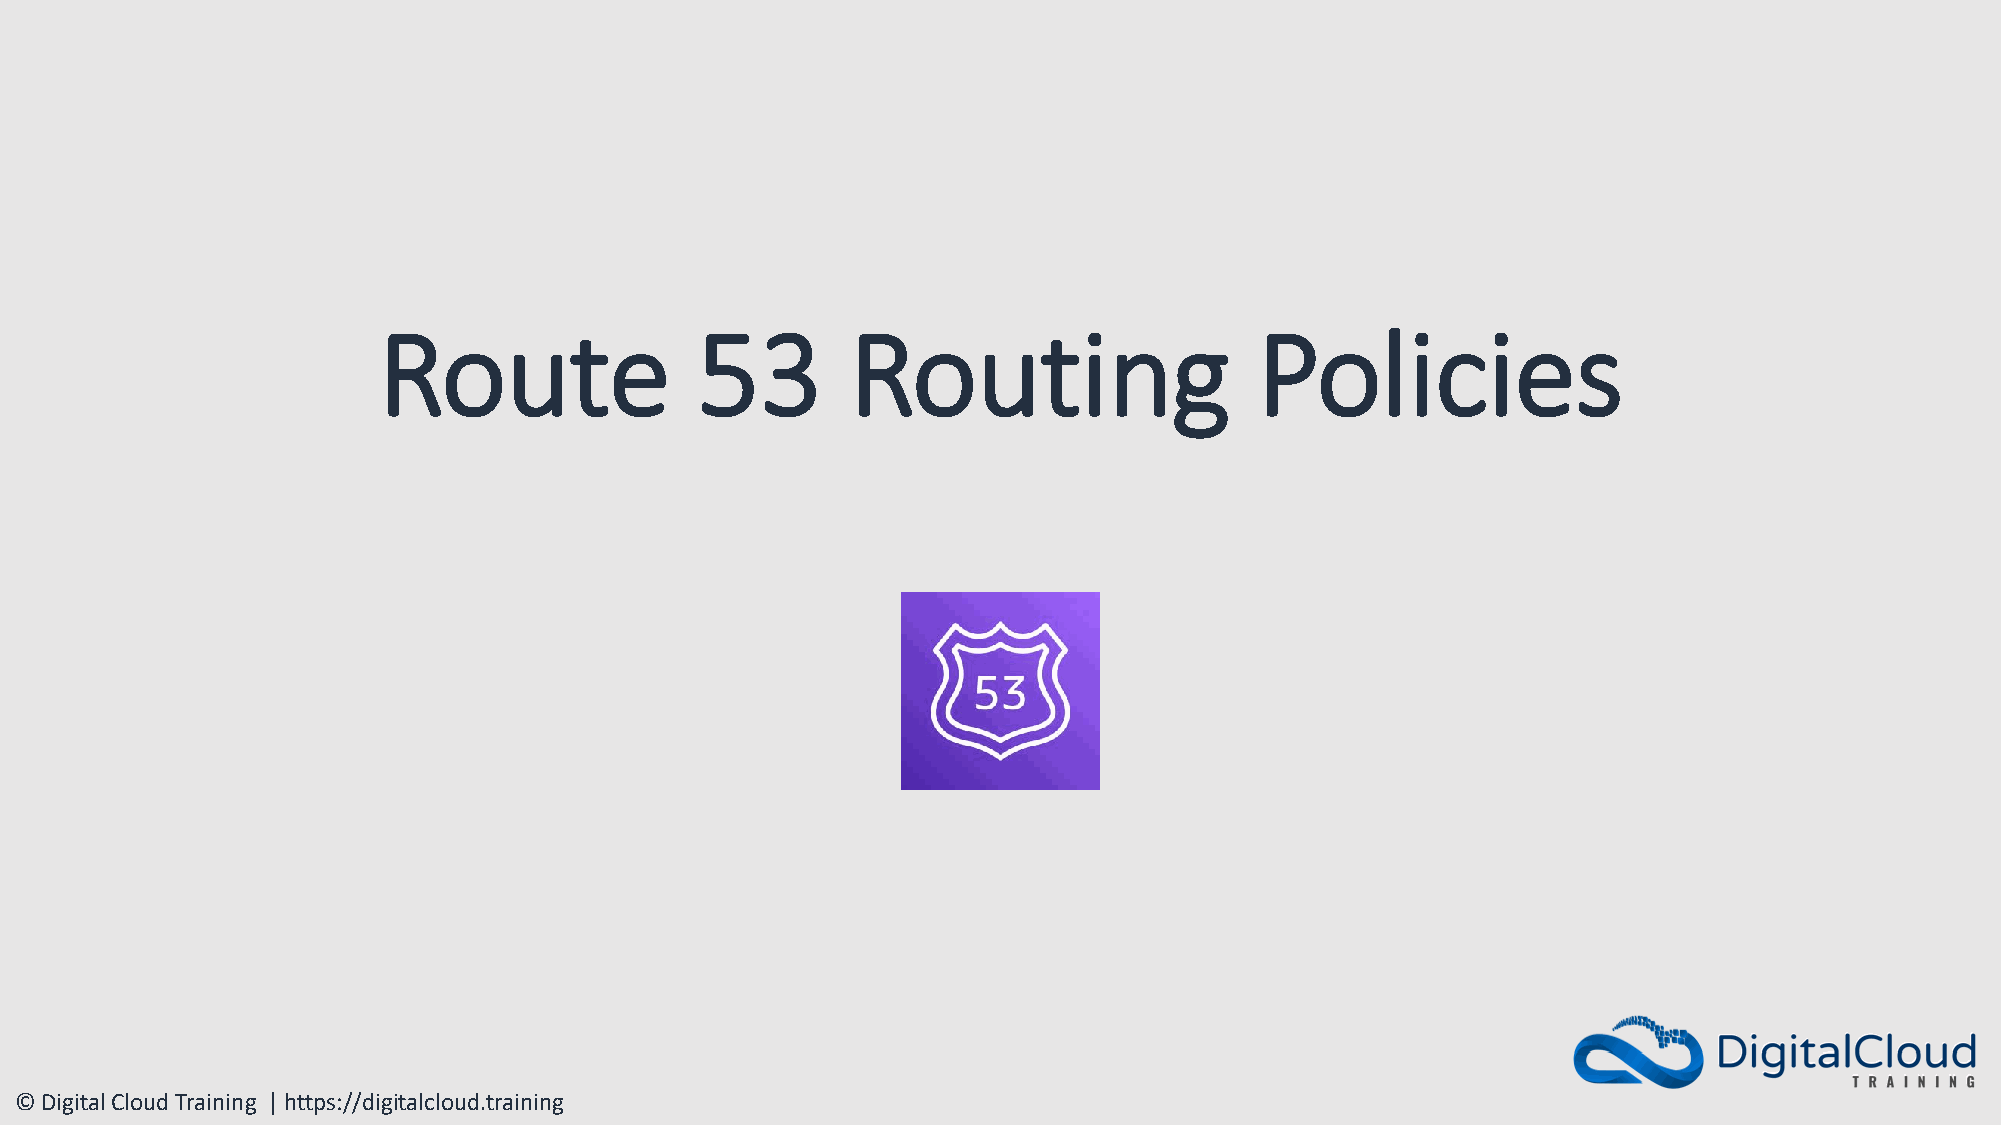
Route                53        Routing                    Policies
 © Digital Cloud Training | https://digitalcloud.training